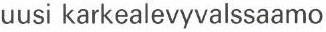
uusi karkealevyvalssaamo